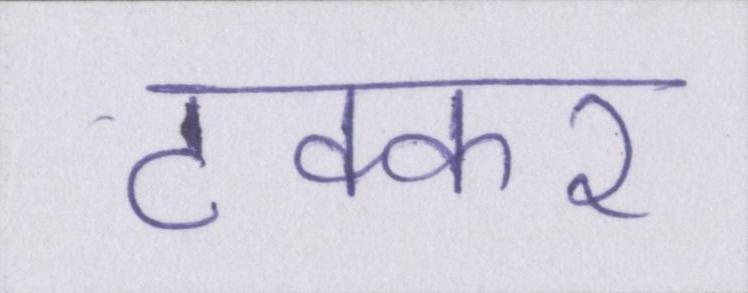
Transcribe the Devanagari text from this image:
टक्कर